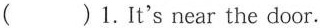
( )1.It's near the door.